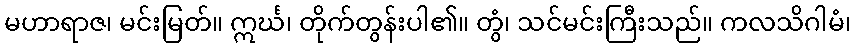
မဟာရာဇ၊ မင်းမြတ်။ ဣင်္ဃ၊ တိုက်တွန်းပါ၏။ တွံ၊ သင်မင်းကြီးသည်။ ကလသိဂါမံ၊